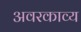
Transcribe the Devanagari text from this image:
अवरकाव्य